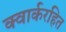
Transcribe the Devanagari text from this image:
क्वार्करहित